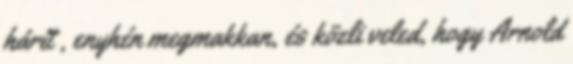
hárít , enyhén megmakkan, és közli veled, hogy Arnold